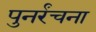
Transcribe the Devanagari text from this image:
पुनर्रंचना